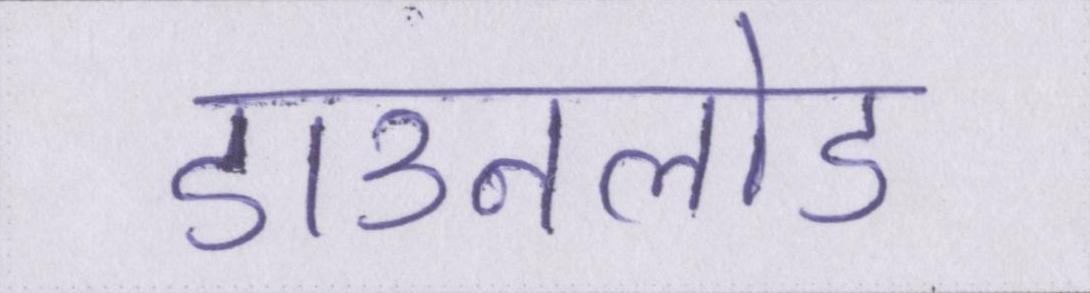
डाउनलोड